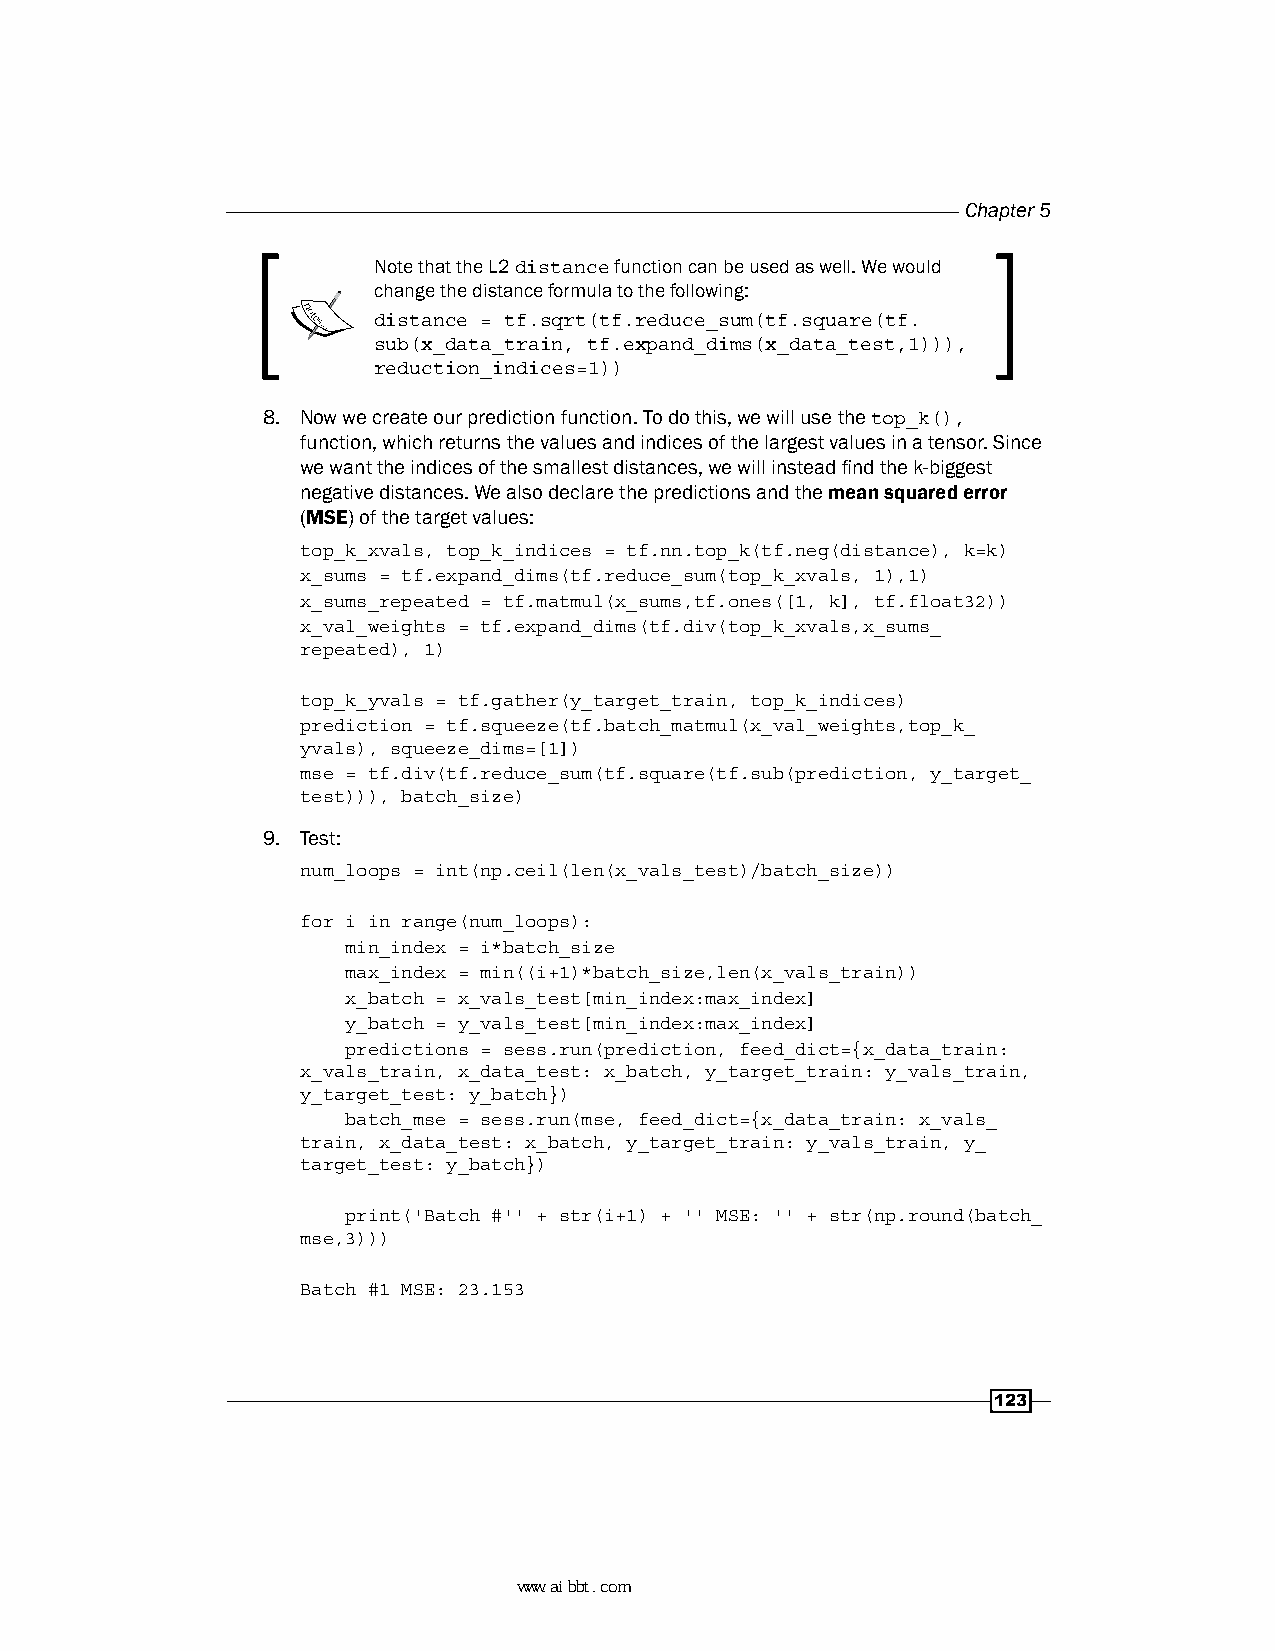
Chapter 5
 Note that the L2 distance function can be used as well. We would
 change the distance formula to the following:
 distance = tf.sqrt(tf.reduce_sum(tf.square(tf.
 sub(x_data_train, tf.expand_dims(x_data_test,1))),
 reduction_indices=1))
 8. Now we create our prediction function. To do this, we will use the top_k(),
 function, which returns the values and indices of the largest values in a tensor. Since
 we want the indices of the smallest distances, we will instead find the k-biggest
 negative distances. We also declare the predictions and the mean squared error
 (MSE) of the target values:
 top_k_xvals, top_k_indices = tf.nn.top_k(tf.neg(distance), k=k)
 x_sums = tf.expand_dims(tf.reduce_sum(top_k_xvals, 1),1)
 x_sums_repeated = tf.matmul(x_sums,tf.ones([1, k], tf.float32))
 x_val_weights = tf.expand_dims(tf.div(top_k_xvals,x_sums_
 repeated), 1)
 top_k_yvals = tf.gather(y_target_train, top_k_indices)
 prediction = tf.squeeze(tf.batch_matmul(x_val_weights,top_k_
 yvals), squeeze_dims=[1])
 mse = tf.div(tf.reduce_sum(tf.square(tf.sub(prediction, y_target_
 test))), batch_size)
 9. Test:
 num_loops = int(np.ceil(len(x_vals_test)/batch_size))
 for i in range(num_loops):
 min_index = i*batch_size
 max_index = min((i+1)*batch_size,len(x_vals_train))
 x_batch = x_vals_test[min_index:max_index]
 y_batch = y_vals_test[min_index:max_index]
 predictions = sess.run(prediction, feed_dict={x_data_train:
 x_vals_train, x_data_test: x_batch, y_target_train: y_vals_train,
 y_target_test: y_batch})
 batch_mse = sess.run(mse, feed_dict={x_data_train: x_vals_
 train, x_data_test: x_batch, y_target_train: y_vals_train, y_
 target_test: y_batch})
 print('Batch #'' + str(i+1) + '' MSE: '' + str(np.round(batch_
 mse,3)))
 Batch #1 MSE: 23.153
 123
 www.aibbt.com 让未来触手可及